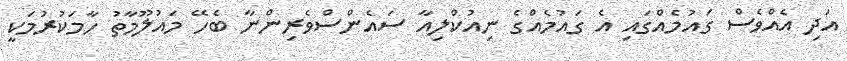
އަދި އެއްވެސް ގައުމެއްގައި އެ ގައުމެއްގެ ނިއުކްލިއާ ސައެންސްވެރިންނާ ބެހޭ މައުލޫމާތު ހާމަކުރުމަކީ